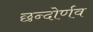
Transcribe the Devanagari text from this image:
छन्दोर्णव